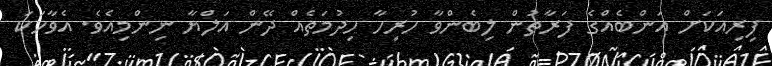
ފިރިއަކަށް އަންބެއްގެ ފަރާތުން ލިބެންވާ ހުރިހާ ހިދުމަތެއް ދޭން އަލްޔާ ނިންމިއެވެ. އެވާހަކަ